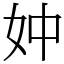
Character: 妕